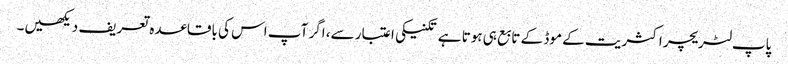
پاپ لٹریچر اکثریت کے موڈ کے تابع ہی ہوتا ہے تکنیکی اعتبار سے، اگر آپ اس کی باقاعدہ تعریف دیکھیں۔